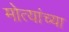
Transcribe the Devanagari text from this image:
मोत्यांच्या